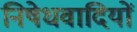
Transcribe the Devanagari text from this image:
निषेधवादियों